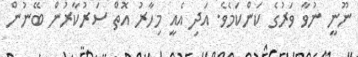
ނޫނީ ނުވާ ވަރުގެ ކަންކަމެވެ. އަދި އެއީ މިހާރު އޮތް ސަރުކާރުން ބޭނުން